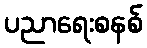
ပညာရေးစနစ်